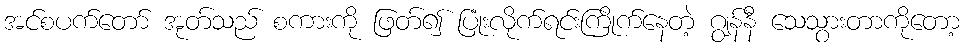
အင်စပက်တော် အုတ်သည် စကားကို ဖြတ်၍ ပြုံးလိုက်ရင်းကြိုက်နေတဲ့ ဂျွန်နီ သေသွားတာကိုတော့